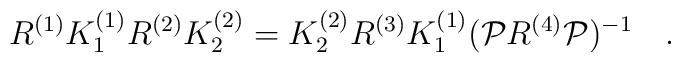
R^{(1)}K^{(1)}_1R^{(2)}K^{(2)}_2=K^{(2)}_2R^{(3)}K^{(1)}_1({\cal P}R^{(4)}{\cal P})^{-1} \quad.